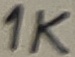
Text: 1K